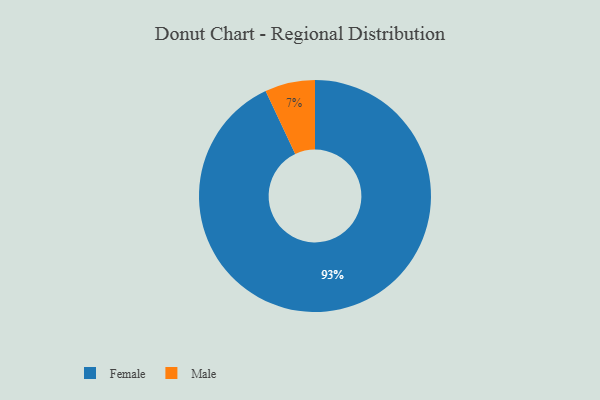
{"axis": {"x": "Category", "y": "Percentage"}, "legend": ["Female", "Male"], "data": [{"x": "Male", "y": 7, "type": "Male"}, {"x": "Female", "y": 93, "type": "Female"}]}